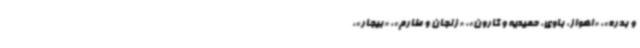
و بدره»، «اهواز، باوی، حمیدیه و کارون»، «زنجان و طارم»، «بیجار»،